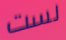
لست